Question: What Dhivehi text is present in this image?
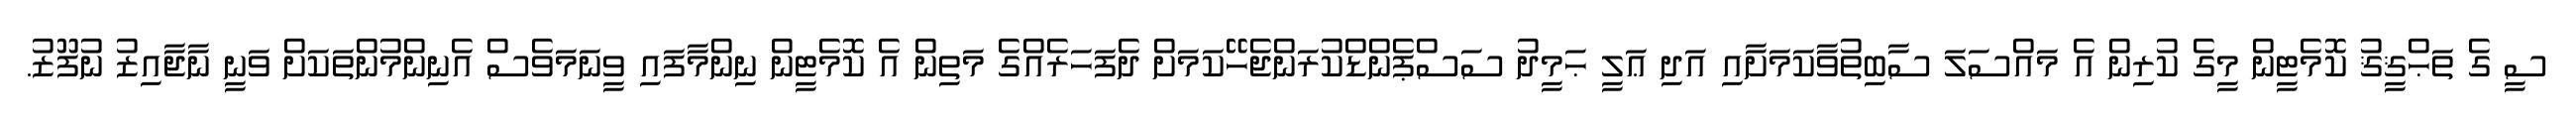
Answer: ސީ ގެ ތަޙްޤީޤު ކޮމެޓީން މީގެ ކުރިން އެ މައްސަލަ ސާބިތުވާކަމަށާއި އަދި ޢަލީ ޙަމީދު ސަސްޕެންޑްކުރަންޖެހޭކަމަށް ދެފަހަރެއްގެ މަތިން އެ ކޮމެޓީން ނިންމާފައި ވީނަމަވެސް އެނިންމުންތަކަށް ވަނީ ނާޖާއިޒު ނުފޫޒު.